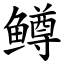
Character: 鳟